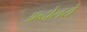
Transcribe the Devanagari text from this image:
अब्दोलये